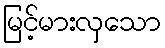
မြင့်မားလှသော